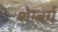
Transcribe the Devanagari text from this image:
शेम्बर्ग